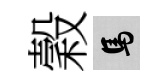
穀馬